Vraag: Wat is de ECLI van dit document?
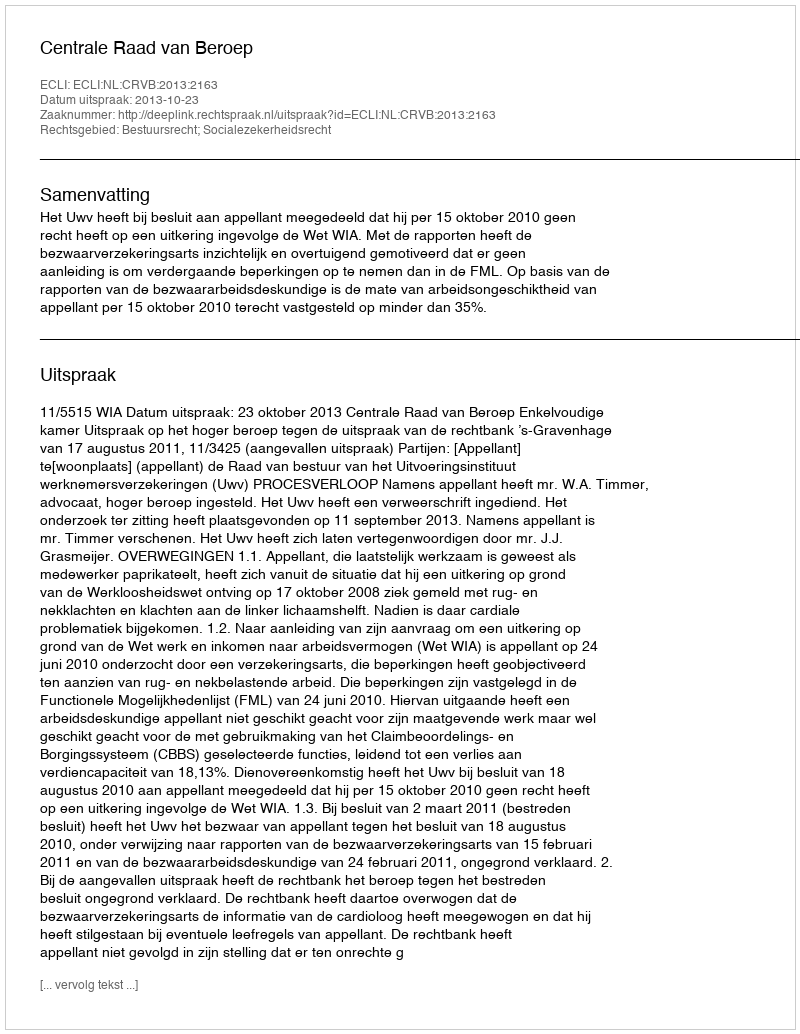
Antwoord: ECLI:NL:CRVB:2013:2163